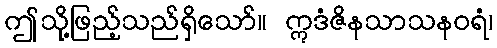
ဤသို့ဖြည့်သည်ရှိသော်။ ဣဒံဇိနသာသနဝရံ၊